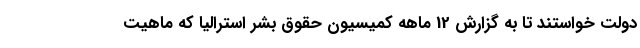
دولت خواستند تا به گزارش 12 ماهه کمیسیون حقوق بشر استرالیا که ماهیت